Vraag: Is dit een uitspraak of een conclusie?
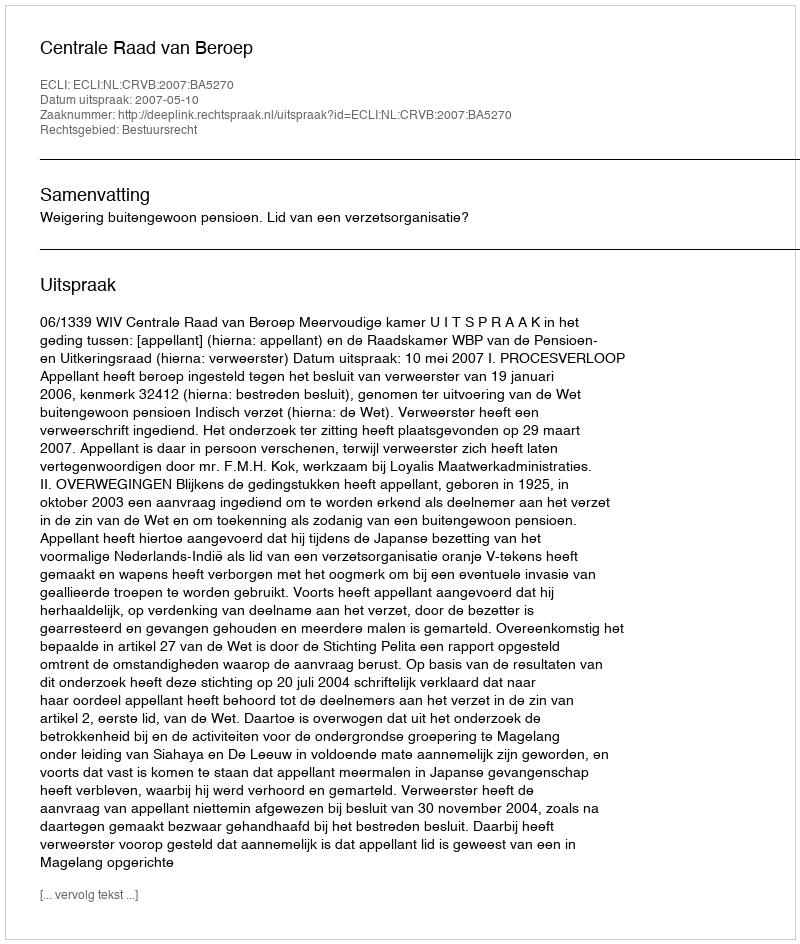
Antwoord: Uitspraak